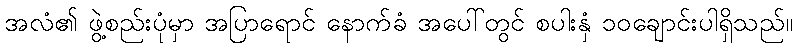
အလံ၏ ဖွဲ့စည်းပုံမှာ အပြာရောင် နောက်ခံ အပေါ်တွင် စပါးနှံ ၁၀ချောင်းပါရှိသည်။